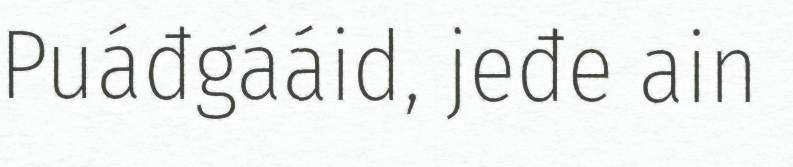
Puáđgááid, jeđe ain